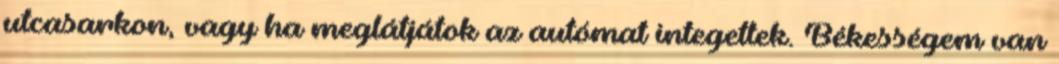
utcasarkon, vagy ha meglátjátok az autómat integettek. Békességem van